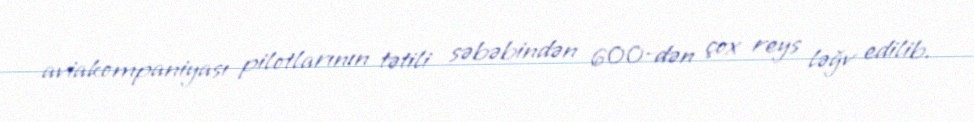
aviakompaniyası pilotlarının tətili səbəbindən 600-dən çox reys ləğv edilib.